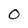
Character: O